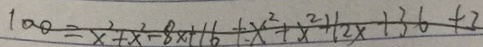
1 0 0 = x ^ { 2 } + x ^ { 2 } - 8 x + 1 6 + x ^ { 2 } + x ^ { 2 } + 1 2 x + 3 6 + 3